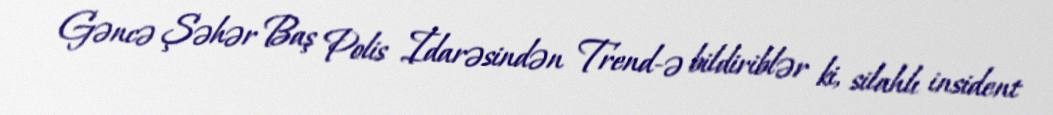
Gəncə Şəhər Baş Polis İdarəsindən Trend-ə bildiriblər ki, silahlı insident